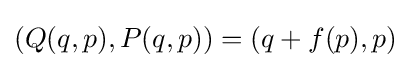
(Q(q,p),P(q,p))=(q+f(p),p)